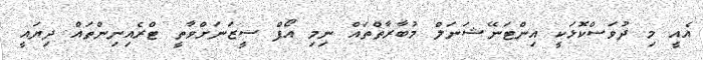
އެއީ މި ދުވަސްކޮޅަކީ އިންޓަނޭޝަނަލް މުބާރާތްތައް ނިމި އޯފް ސީޒަނަށްވާތީ ޓްރެއިނިންތައް ދިޔައީ